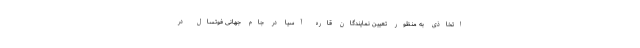
اتخاذی به منظور تعیین نمایندگان قاره آسیا در جام جهانی فوتسال در